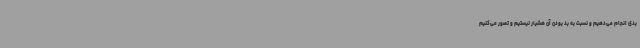
بدی انجام می‌دهیم و نسبت به بد بودن آن هشیار نیستیم و تصور می‌کنیم